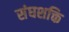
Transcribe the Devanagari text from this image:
संघशक्ति